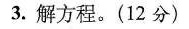
3.解方程。(12分)